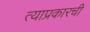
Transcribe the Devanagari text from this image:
त्याप्रकारची